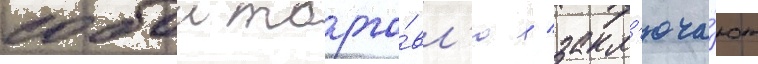
собои торго́вл'ю / закл'юча́ют